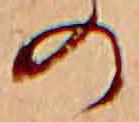
の